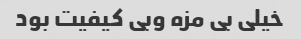
خیلی بی مزه وبی کیفیت بود